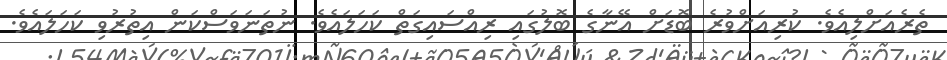
ތެރެއަށްލިއެވެ. ކުރިއަށްވުރެ ބޮޑަށް އޭނާގެ ބޮލުގައި ރިއްސައިގަތް ކަހަލައެވެ. ނުތަނަވަސްކަން އިތުރުވި ކަހަލައެވެ.